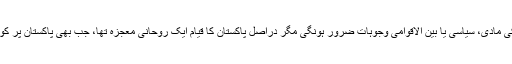
روحانی دنیا کے وابستگان کا یہ پختہ یقین ہے کہ قیام پاکستان کی مادی، سیاسی یا بین الاقوامی وجوہات ضرور ہونگی مگر دراصل پاکستان کا قیام ایک روحانی معجزہ تھا، جب بھی پاکستان پر کوئی مشکل پڑتی ہے تو روحانی دنیا سے کمک بھیجی جاتی ہے۔